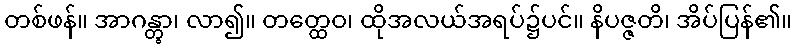
တစ်ဖန်။ အာဂန္တွာ၊ လာ၍။ တတ္ထေဝ၊ ထိုအလယ်အရပ်၌ပင်။ နိပဇ္ဇတိ၊ အိပ်ပြန်၏။